Leaving Certificate Examination, 1910
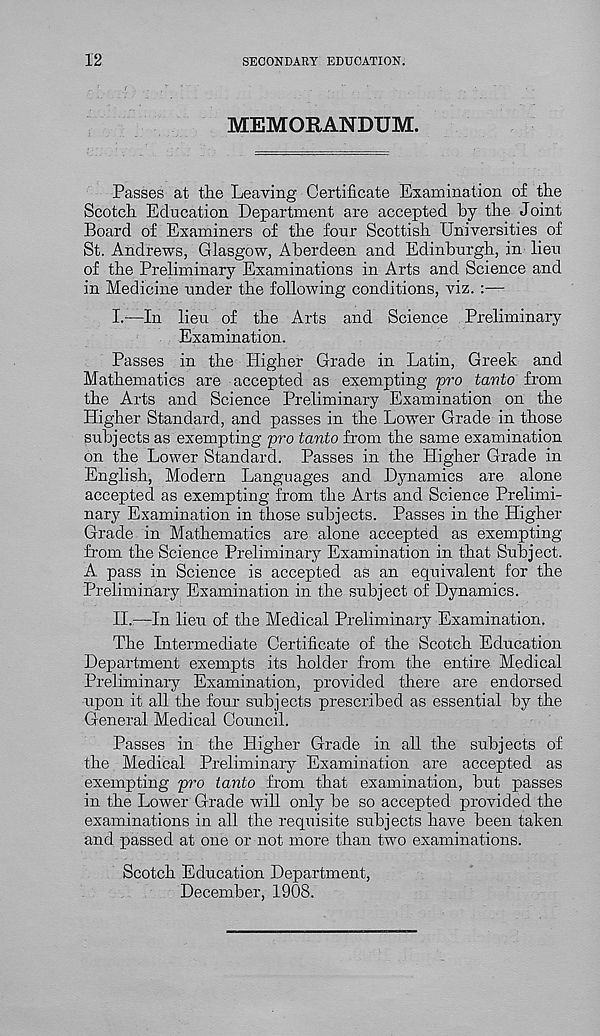
12
SECONDARY EDUCATION.
MEMORANDUM.
Passes at the Leaving Certificate Examination of the
Scotch Education Department are accepted by the Joint
Board of Examiners of the four Scottish Universities of
St. Andrews, Glasgow, Aberdeen and Edinburgh, in lieu
of the Preliminary Examinations in Arts and Science and
in Medicine under the following conditions, viz. :—
I.
—In lieu of the Arts an
Examination.
Passes in the Higher Grade in Latin, Greek and
Mathematics are accepted as exempting pro tanto from
the Arts and Science Preliminary Examination on the
Higher Standard, and passes in the Lower Grade in those
subjects as exempting pro tanto from the same examination
on the Lower Standard. Passes in the Higher Grade in
English, Modern Languages and Dynamics are alone
accepted as exempting from the Arts and Science Prelimi-
nary Examination in those subjects. Passes in the Higher
Grade in Mathematics are alone accepted as exempting
from the Science Preliminary Examination in that Subject.
A pass in Science is accepted as an equivalent for the
Preliminary Examination in the subject of Dynamics.
II.
;—In lien of the Medical P
The Intermediate Certificate of the Scotch Education
Department exempts its holder from the entire Medical
Preliminary Examination, provided there are endorsed
upon it all the four subjects prescribed as essential by the
General Medical Council.
Passes in the Higher Grade in all the subjects of
the Medical Preliminary Examination are accepted as
exempting pro tanto from that examination, but passes
in the Lower Grade will only be so accepted provided the
examinations in all the requisite subjects have been taken
and passed at one or not more than two examinations.
Scotch Education Department,
December, 1908.